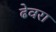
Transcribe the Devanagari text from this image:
ढेवरा